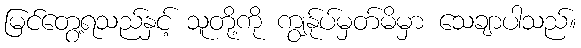
မြင်တွေ့ရသည်နှင့် သူတို့ကို ကျွန်ုပ်မှတ်မိမှာ သေချာပါသည်။